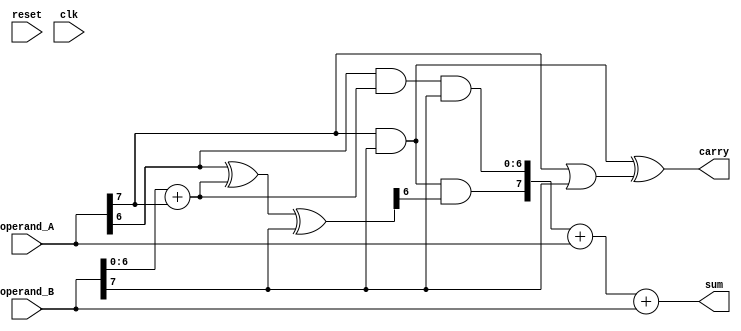
module carry_select_adder (
    input wire reset,
    input wire clk,
    input wire [7:0] operand_A,
    input wire [7:0] operand_B,
    output wire [8:0] sum,
    output wire carry
);

wire [8:0] sum_carry_propagate;
wire [8:0] sum_carry_select;

// Carry-propagate stage
wire [7:0] p, g;
wire [7:0] c;
assign {p[7], p[6:0]} = {operand_A[7] & operand_B[7], operand_A[6] & operand_B[6:0] + operand_A[7] & operand_B[7]}; // Generate
assign {g[7], g[6:0]} = {operand_A[7] | operand_B[7], operand_A[6] ^ operand_B[6:0] + operand_A[7] ^ operand_B[7]}; // Propagate

// Carry-select stage
wire carry_propagate;
assign carry_propagate = p[7] ^ g[7];

assign {c[7], c[6:0]} = {p[7] & g[6], p[6:0]}; // Compute sum when carry is propagated
assign {sum_carry_propagate[8], sum_carry_propagate[7:0]} = c + operand_A + operand_B; // Sum with carry propagate

assign {sum_carry_select[8], sum_carry_select[7:0]} = carry_propagate ? sum_carry_propagate[8:0] : c + operand_A + operand_B; // Select sum based on carry signal
assign carry = carry_propagate;

assign sum = sum_carry_select[8:0];

endmodule